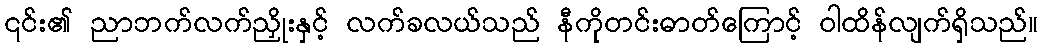
၎င်း၏ ညာဘက်လက်ညှိုးနှင့် လက်ခလယ်သည် နီကိုတင်းဓာတ်ကြောင့် ဝါထိန်လျက်ရှိသည်။